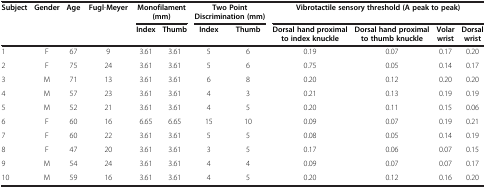
| <ROWSPAN=2> Subject | <ROWSPAN=2> Gender | <ROWSPAN=2> Age | <ROWSPAN=2> Fugl-Meyer | <COLSPAN=2> Monofilament (mm) | <COLSPAN=2> Two Point Discrimination (mm) | <COLSPAN=4> Vibrotactile sensory threshold (A peak to peak) |
 | Index | Thumb | Index | Thumb | Dorsal hand proximal to index knuckle | Dorsal hand proximal to thumb knuckle | Volar wrist | Dorsal wrist |
 | --- | --- | --- | --- | --- | --- | --- | --- | --- | --- | --- | --- |
 | 1 | F | 67 | 9 | 3.61 | 3.61 | 5 | 6 | 0.19 | 0.07 | 0.17 | 0.20 |
 | 2 | F | 75 | 24 | 3.61 | 3.61 | 5 | 6 | 0.75 | 0.05 | 0.14 | 0.17 |
 | 3 | M | 71 | 13 | 3.61 | 3.61 | 6 | 8 | 0.20 | 0.12 | 0.20 | 0.20 |
 | 4 | M | 57 | 23 | 3.61 | 3.61 | 4 | 3 | 0.21 | 0.13 | 0.19 | 0.19 |
 | 5 | M | 52 | 21 | 3.61 | 3.61 | 4 | 5 | 0.20 | 0.11 | 0.15 | 0.06 |
 | 6 | F | 60 | 16 | 6.65 | 6.65 | 15 | 10 | 0.09 | 0.07 | 0.19 | 0.21 |
 | 7 | F | 60 | 22 | 3.61 | 3.61 | 5 | 5 | 0.08 | 0.05 | 0.14 | 0.19 |
 | 8 | F | 47 | 20 | 3.61 | 3.61 | 3 | 5 | 0.17 | 0.06 | 0.07 | 0.15 |
 | 9 | M | 54 | 24 | 3.61 | 3.61 | 4 | 4 | 0.09 | 0.07 | 0.07 | 0.17 |
 | 10 | M | 59 | 16 | 3.61 | 3.61 | 4 | 5 | 0.20 | 0.12 | 0.16 | 0.20 |